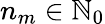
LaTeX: n_{m}\in\mathbb{N}_{0}